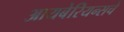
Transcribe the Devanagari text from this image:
आयबेरियन्सचे